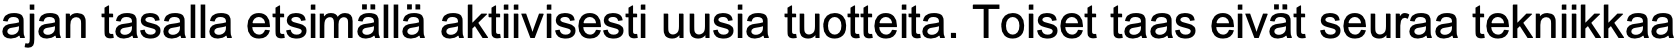
ajan tasalla etsimällä aktiivisesti uusia tuotteita. Toiset taas eivät seuraa tekniikkaa